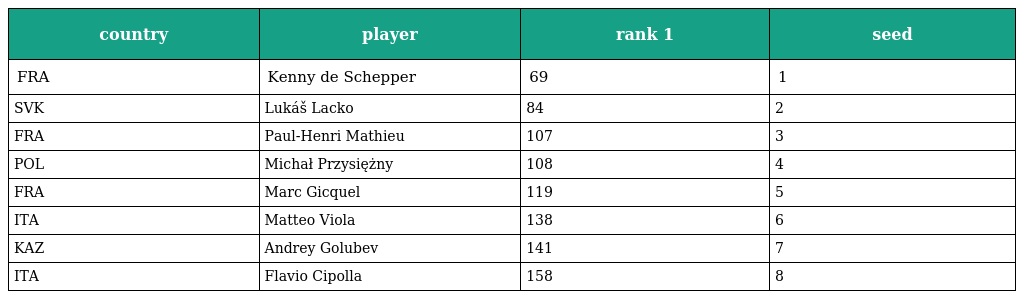
| country | player | rank 1 | seed |
 | --- | --- | --- | --- |
 | FRA | Kenny de Schepper | 69 | 1 |
 | SVK | Lukáš Lacko | 84 | 2 |
 | FRA | Paul-Henri Mathieu | 107 | 3 |
 | POL | Michał Przysiężny | 108 | 4 |
 | FRA | Marc Gicquel | 119 | 5 |
 | ITA | Matteo Viola | 138 | 6 |
 | KAZ | Andrey Golubev | 141 | 7 |
 | ITA | Flavio Cipolla | 158 | 8 |